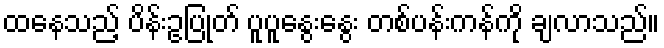
ထနေသည့် ပိန်းဥပြုတ် ပူပူနွေးနွေး တစ်ပန်းကန်ကို ချလာသည်။